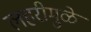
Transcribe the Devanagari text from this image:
लहरीमुळे